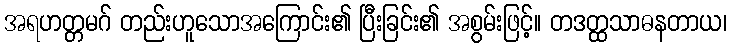
အရဟတ္တမဂ် တည်းဟူသောအကြောင်း၏ ပြီးခြင်း၏ အစွမ်းဖြင့်။ တဒတ္ထသာဓနတာယ၊